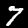
Label: 7